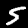
Digit: 5